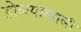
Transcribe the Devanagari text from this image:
डोळ्याखाली